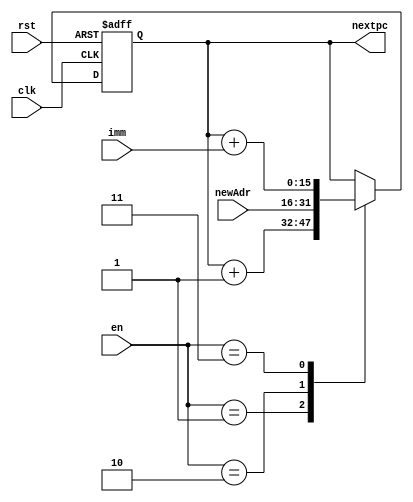
module programcounter(clk, rst, en, newAdr, imm, nextpc);
	//ultimately, currentpc and nextpc are going to be 16 bits
	input clk, rst;
	input [1:0] en;
	//input [7:0] currentpc;
	input [15:0] newAdr, imm;
	output reg [15:0] nextpc = 16'b0;
	//reg [3:0] currentpc = 4'b0;
	
	always@(posedge clk, negedge rst) begin
		if (!rst)
			nextpc <= 0;
		else begin
			case(en)
				2'b01: nextpc <= nextpc + 1'b1; // most instructions
				2'b10: nextpc <= newAdr; // jumps
				2'b11: nextpc <= nextpc + imm; // branches
				default: nextpc <= nextpc;
			endcase
			
			//if(en == 2'b01)
			//	nextpc <= nextpc + 1'b1;
			//else if(en == 2'b10)
			//	nextpc <= newAdr;
			//else if(en == 2'b11)
			//	nextpc <= nextpc + imm; //check for negative displacement
			//else
			//	nextpc <= nextpc;
		end
	end
endmodule